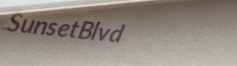
SunsetBlvd